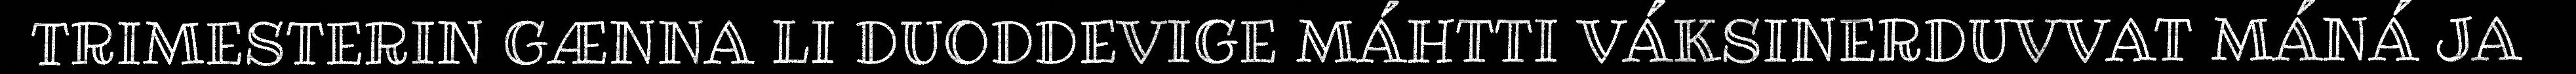
TRIMESTERIN GÆNNA LI DUODDEVIGE MÁHTTI VÁKSINERDUVVAT MÁNÁ JA